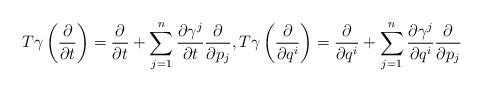
LaTeX: \begin{align*}T\gamma\left(\frac{\partial}{\partial t}\right)=\frac{\partial}{\partial t}+\sum_{j=1}^n\frac{\partial \gamma^j}{\partial t}\frac{\partial}{\partial p_j},T\gamma\left(\frac{\partial}{\partial q^i}\right)=\frac{\partial}{\partial q^i}+\sum_{j=1}^n\frac{\partial \gamma^j}{\partial q^i}\frac{\partial}{\partial p_j} \end{align*}